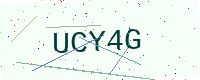
Text: UCY4G